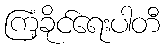
ကြံ့ခိုင်ရေးပါတီ